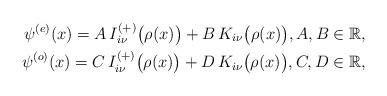
LaTeX: \begin{align*}\psi^{(e)}(x)=A\, I^{(+)}_{i\nu}\bigl(\rho(x)\bigr)+B\, K_{i\nu}\bigl(\rho(x)\bigr),A,B\in\mathbb{R},\\\psi^{(o)}(x)=C\, I^{(+)}_{i\nu}\bigl(\rho(x)\bigr)+D\, K_{i\nu}\bigl(\rho(x)\bigr),C,D\in\mathbb{R},\end{align*}